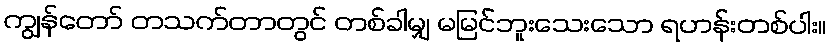
ကျွန်တော် တသက်တာတွင် တစ်ခါမျှ မမြင်ဘူးသေးသော ရဟန်းတစ်ပါး။